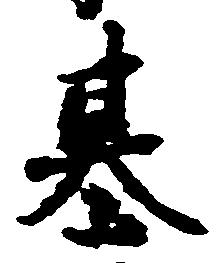
基